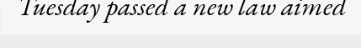
Tuesday passed a new law aimed